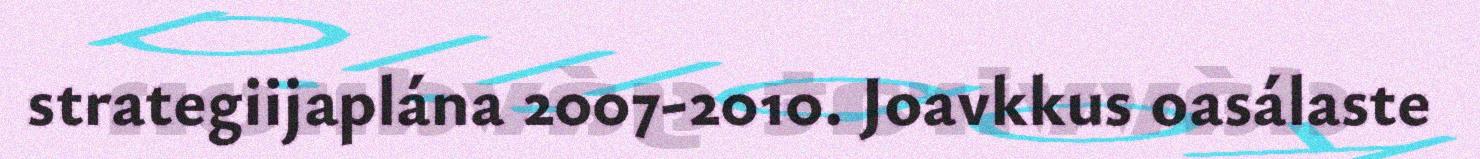
strategiijaplána 2007-2010. Joavkkus oasálaste